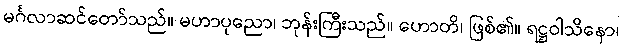
မင်္ဂလာဆင်တော်သည်။ မဟာပုညော၊ ဘုန်းကြီးသည်။ ဟောတိ၊ ဖြစ်၏။ ရဋ္ဌဝါသိနော၊